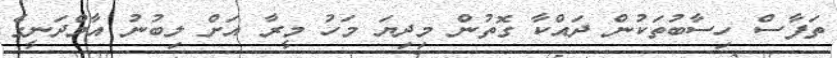
ތަފާސް ހިސާބުތަކުން ދައްކާ ގޮތުން މިދިޔަ މަހު މީރާ އަށް ލިބުނު އާމްދަނީގެ